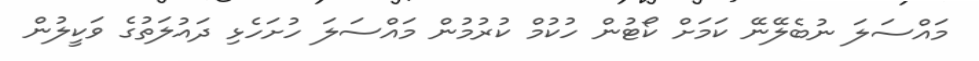
މައްސަލަ ނުބެލޭނޭ ކަމަށް ކޯޓުން ހުކުމް ކުރުމުން މައްސަލަ ހުށަހެޅި ދައުލަތުގެ ވަކީލުން